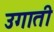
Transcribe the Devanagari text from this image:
उगाती